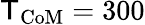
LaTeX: \mathsf{T}_{\mathrm{{CoM}}}=300